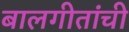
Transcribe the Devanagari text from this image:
बालगीतांची